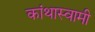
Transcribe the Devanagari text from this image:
कांथास्वामी